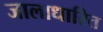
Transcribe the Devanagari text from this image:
जालाधारित